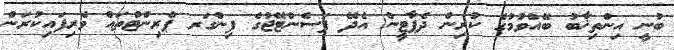
ބުނީ އިންތިޚާބު ބޭއްވުމުގެ ކުރިން ދެޕާޓީން އެދޭ ޕަސެންޓޭޖުގެ ފިންގަރ ޕްރިންޓްތައް ވެރިފައިކުރަން